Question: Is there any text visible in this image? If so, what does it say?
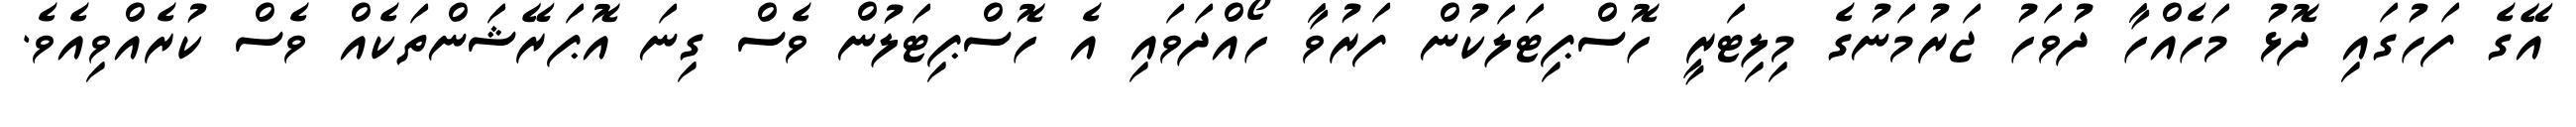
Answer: އޭގެ ފަހުގައި ދޮޅު މަހެއްހާ ދުވަހު ޖަރުމަނުގެ މިލިޓަރީ ހޮސްޕިޓަލަކުން ފަރުވާ ހޯއްދަވައި އެ ހޮސްޕިޓަލުން ވެސް ގިނަ އޮޕަރޭޝަންތަކެއް ވެސް ކުރެއްވިއެވެ.